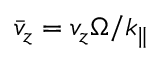
\bar { v } _ { z } = v _ { z } \Omega / k _ { \parallel }